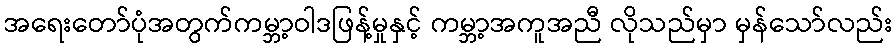
အရေးတော်ပုံအတွက်ကမ္ဘာ့ဝါဒဖြန့်မှုနှင့် ကမ္ဘာ့အကူအညီ လိုသည်မှာ မှန်သော်လည်း